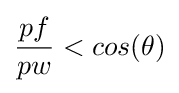
{pf \over pw}<cos(\theta )